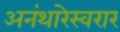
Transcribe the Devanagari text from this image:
अनंथारेस्वरार